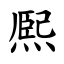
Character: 熈